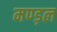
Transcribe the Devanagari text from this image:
मण्ड़ल